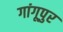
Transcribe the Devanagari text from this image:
गांगूपुर